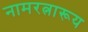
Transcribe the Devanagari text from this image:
नामरत्नारूय